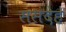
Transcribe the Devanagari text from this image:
ससंदेह